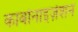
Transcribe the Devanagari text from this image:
कार्बोनाइज़ेशन